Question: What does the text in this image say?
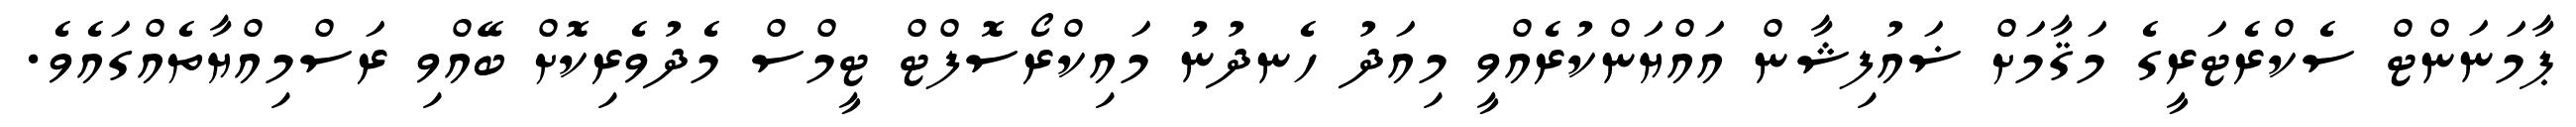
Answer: ޕާމަނަންޓް ސެކްރެޓަރީގެ މަޤާމަށް ޟައުފިޝާން އައްޔަންކުރެއްވީ މިއަދު ހެނދުނު މައިކްރޯސޮފްޓް ޓީމްސް މެދުވެރިކޮށް ބޭއްވި ރަސްމިއްޔާތެއްގައެވެ.